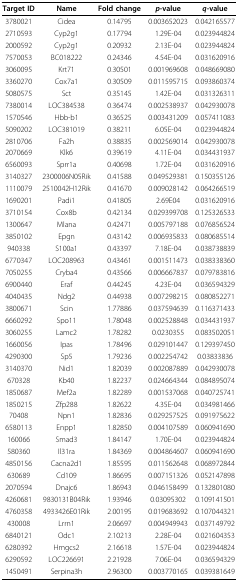
<table><thead><tr><td><b>Target ID</b></td><td><b>Name</b></td><td><b>Fold change</b></td><td><b><i>p</i>-value</b></td><td><b><i>q</i>-value</b></td></tr></thead><tbody><tr><td>3780021</td><td>Cidea</td><td>0.14795</td><td>0.003652023</td><td>0.042165577</td></tr><tr><td>2710593</td><td>Cyp2g1</td><td>0.17794</td><td>1.29E-04</td><td>0.023944824</td></tr><tr><td>2000592</td><td>Cyp2g1</td><td>0.20932</td><td>2.13E-04</td><td>0.023944824</td></tr><tr><td>7570053</td><td>BC018222</td><td>0.24346</td><td>4.54E-04</td><td>0.031620916</td></tr><tr><td>3060095</td><td>Krt71</td><td>0.30501</td><td>0.001969608</td><td>0.048669080</td></tr><tr><td>3360270</td><td>Cox7a1</td><td>0.30509</td><td>0.011595715</td><td>0.093860374</td></tr><tr><td>5080575</td><td>Sct</td><td>0.35145</td><td>1.42E-04</td><td>0.031326311</td></tr><tr><td>7380014</td><td>LOC384538</td><td>0.36474</td><td>0.002538937</td><td>0.042930078</td></tr><tr><td>1570546</td><td>Hbb-b1</td><td>0.36525</td><td>0.003431209</td><td>0.057411083</td></tr><tr><td>5090202</td><td>LOC381019</td><td>0.38211</td><td>6.05E-04</td><td>0.023944824</td></tr><tr><td>2810706</td><td>Fa2h</td><td>0.38835</td><td>0.002569014</td><td>0.042930078</td></tr><tr><td>2070669</td><td>Klk6</td><td>0.39619</td><td>4.11E-04</td><td>0.034431937</td></tr><tr><td>6560093</td><td>Sprr1a</td><td>0.40698</td><td>1.72E-04</td><td>0.031620916</td></tr><tr><td>3140327</td><td>2300006N05Rik</td><td>0.41588</td><td>0.049529381</td><td>0.150355126</td></tr><tr><td>1110079</td><td>2510042H12Rik</td><td>0.41670</td><td>0.009028142</td><td>0.064266519</td></tr><tr><td>1690201</td><td>Padi1</td><td>0.41805</td><td>2.69E04</td><td>0.031620916</td></tr><tr><td>3710154</td><td>Cox8b</td><td>0.42134</td><td>0.029399708</td><td>0.125326533</td></tr><tr><td>1300647</td><td>Mlana</td><td>0.42471</td><td>0.005797188</td><td>0.076856524</td></tr><tr><td>3850102</td><td>Epgn</td><td>0.43142</td><td>0.006935833</td><td>0.080685514</td></tr><tr><td>940338</td><td>S100a1</td><td>0.43397</td><td>7.18E-04</td><td>0.038738839</td></tr><tr><td>6770347</td><td>LOC208963</td><td>0.43461</td><td>0.001511473</td><td>0.038338360</td></tr><tr><td>7050255</td><td>Cryba4</td><td>0.43566</td><td>0.006667837</td><td>0.079783816</td></tr><tr><td>6900440</td><td>Eraf</td><td>0.44245</td><td>4.23E-04</td><td>0.036594329</td></tr><tr><td>4040435</td><td>Ndg2</td><td>0.44938</td><td>0.007298215</td><td>0.080852271</td></tr><tr><td>3800671</td><td>Scin</td><td>1.77886</td><td>0.037594639</td><td>0.116371433</td></tr><tr><td>6660292</td><td>Spo11</td><td>1.78048</td><td>0.002528848</td><td>0.034431937</td></tr><tr><td>3060255</td><td>Lamc2</td><td>1.78282</td><td>0.0230355</td><td>0.083502051</td></tr><tr><td>1660056</td><td>Ipas</td><td>1.78496</td><td>0.029101447</td><td>0.129397450</td></tr><tr><td>4290300</td><td>Sp5</td><td>1.79236</td><td>0.002254742</td><td>0.03833836</td></tr><tr><td>3140370</td><td>Nid1</td><td>1.82039</td><td>0.002087889</td><td>0.042930078</td></tr><tr><td>670328</td><td>Kb40</td><td>1.82237</td><td>0.024664344</td><td>0.084895074</td></tr><tr><td>1850687</td><td>Mef2a</td><td>1.82289</td><td>0.001537068</td><td>0.040725741</td></tr><tr><td>1850215</td><td>Zfp288</td><td>1.82622</td><td>4.35E-04</td><td>0.034981466</td></tr><tr><td>70408</td><td>Npn1</td><td>1.82836</td><td>0.029257525</td><td>0.091975622</td></tr><tr><td>6580113</td><td>Enpp1</td><td>1.82850</td><td>0.004107589</td><td>0.060941690</td></tr><tr><td>160066</td><td>Smad3</td><td>1.84147</td><td>1.70E-04</td><td>0.023944824</td></tr><tr><td>580360</td><td>Il31ra</td><td>1.84369</td><td>0.004864607</td><td>0.060941690</td></tr><tr><td>4850156</td><td>Cacna2d1</td><td>1.85595</td><td>0.011562648</td><td>0.068972844</td></tr><tr><td>630689</td><td>Cd109</td><td>1.86695</td><td>0.007151326</td><td>0.052147898</td></tr><tr><td>2070594</td><td>Dnajc6</td><td>1.86943</td><td>0.046158499</td><td>0.132801080</td></tr><tr><td>4260681</td><td>9830131B04Rik</td><td>1.93946</td><td>0.03095302</td><td>0.109141501</td></tr><tr><td>4760358</td><td>4933426E01Rik</td><td>2.00195</td><td>0.019683692</td><td>0.107044321</td></tr><tr><td>430008</td><td>Lrrn1</td><td>2.06697</td><td>0.004949943</td><td>0.037149792</td></tr><tr><td>6840121</td><td>Odc1</td><td>2.10213</td><td>2.28E-04</td><td>0.021604353</td></tr><tr><td>6280392</td><td>Hmgcs2</td><td>2.16618</td><td>1.57E-04</td><td>0.023944824</td></tr><tr><td>6290592</td><td>LOC226691</td><td>2.21928</td><td>7.06E-04</td><td>0.036594329</td></tr><tr><td>1450491</td><td>Serpina3h</td><td>2.96300</td><td>0.003770165</td><td>0.039381649</td></tr></tbody></table>